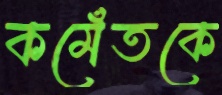
কমেঁতকে